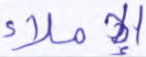
الإملاء